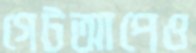
গেটআপেও